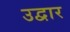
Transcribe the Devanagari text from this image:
उद्वार